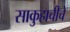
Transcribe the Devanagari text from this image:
साकुहाचीचे